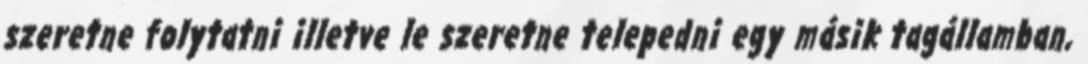
szeretne folytatni illetve le szeretne telepedni egy másik tagállamban,